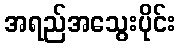
အရည်အသွေးပိုင်း